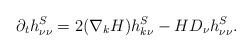
LaTeX: \begin{align*}\partial_t h^S_{\nu \nu} =2(\nabla_k H) h^S_{k \nu} - H D_\nu h^S_{\nu \nu}.\end{align*}